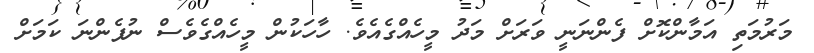
މަރުމަތި އަމާންކޮށް ފެންނަނީ ވަރަށް މަދު މީހެއްގެއެވެ. ހާހަކުން މީހެއްގެވެސް ނުފެންނަ ކަމަށް